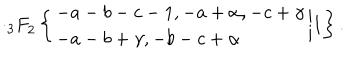
LaTeX: \cdot { _ 3 F } _ { 2 } \left\{ \begin{array} { l } { { - a - b - c - 1 , - a + \alpha , - c + \gamma } } \\ { { - a - b + \gamma , - b - c + \alpha } } \\ \end{array} \biggr | 1 \right\} .